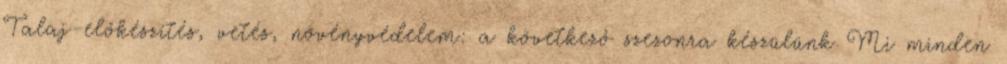
Talaj-előkészítés, vetés, növényvédelem: a következő szezonra készülünk Mi minden